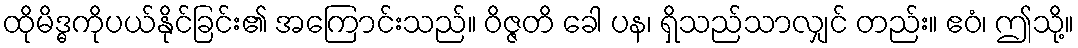
ထိုမိဒ္ဓကိုပယ်နိုင်ခြင်း၏ အကြောင်းသည်။ ဝိဇ္ဇတိ ခေါ ပန၊ ရှိသည်သာလျှင် တည်း။ ဧဝံ၊ ဤသို့။